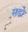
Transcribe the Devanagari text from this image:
सडो